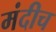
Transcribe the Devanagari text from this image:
मंदीच